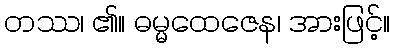
တဿ၊ ၏။ ဓမ္မထေဇေန၊ အားဖြင့်။